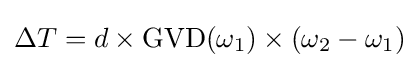
\Delta T=d\times {\textrm {GVD}}(\omega _{1})\times (\omega _{2}-\omega _{1})